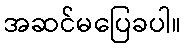
အဆင်မပြေခပါ။